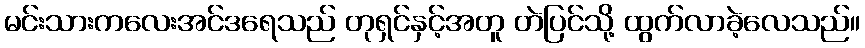
မင်းသားကလေးအင်ဒရေသည် တုရှင်နှင့်အတူ တဲပြင်သို့ ထွက်လာခဲ့လေသည်။